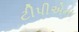
ટીપીએના